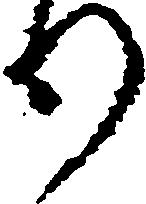
り